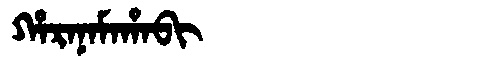
Manchu: ᡥᠠᡵᠠᠨᠠᠮᠠᡥᠠᠪᡳ
Romanization: HARANAMAHABI